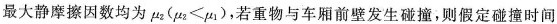
最大静摩擦因数均为μ_{2}($$μ _ { 2 } < μ _ { 1 }$$)，若重物与车厢前壁发生碰撞，则假定碰撞时间